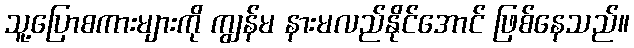
သူ့ပြောစကားများကို ကျွန်မ နားမလည်နိုင်အောင် ဖြစ်နေသည်။